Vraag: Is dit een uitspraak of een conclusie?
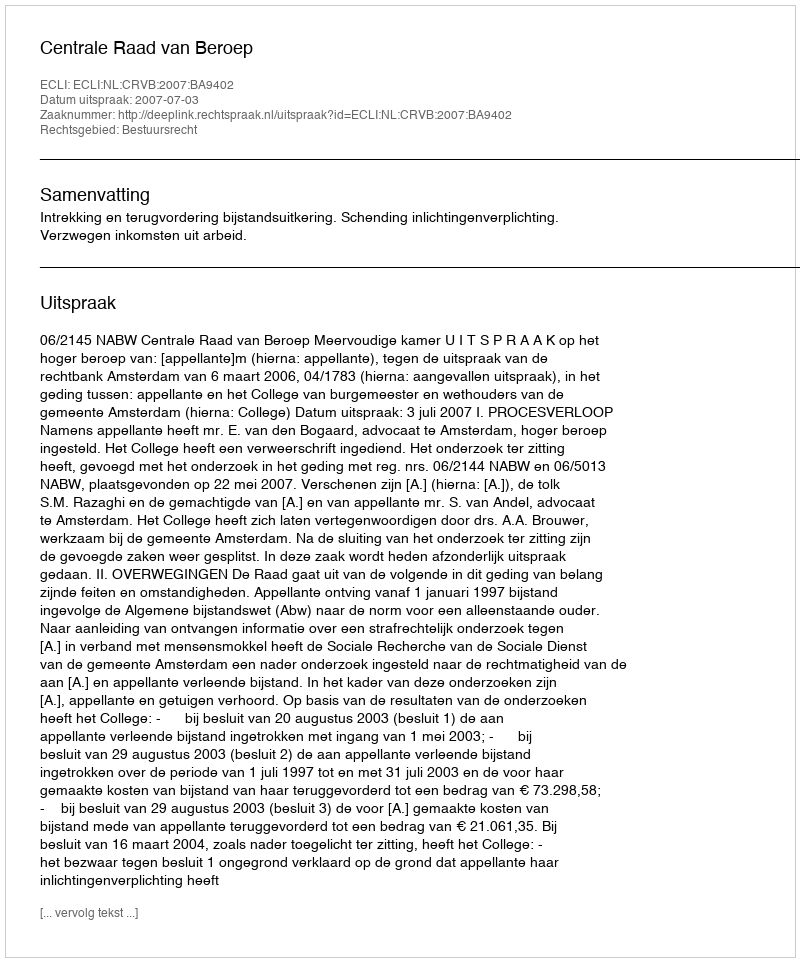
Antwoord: Uitspraak